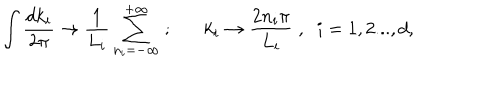
\int \frac { d k _ { i } } { 2 \pi } \rightarrow \frac { 1 } { L _ { i } } \sum _ { n _ { i } = - \infty } ^ { + \infty } \; ; k _ { i } \rightarrow \frac { 2 n _ { i } \pi } { L _ { i } } \; , \; \; i = 1 , 2 . . . , d ,